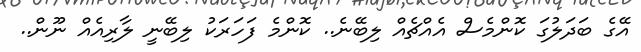
އޭގެ ބަދަލުގަ ކޮންމެސް އެއްޗެއް ލިބޭނެ.. ކޮންމެ ފަހަރަކު ލިބޭނީ ލާރިއެއް ނޫން..